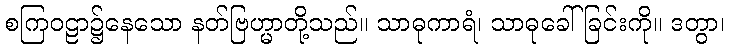
စကြဝဠာ၌နေသော နတ်ဗြဟ္မာတို့သည်။ သာဓုကာရံ၊ သာဓုခေါ်ခြင်းကို။ ဒတွာ၊